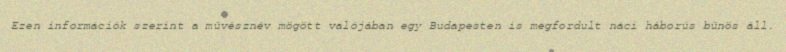
Ezen információk szerint a művésznév mögött valójában egy Budapesten is megfordult náci háborús bűnös áll.